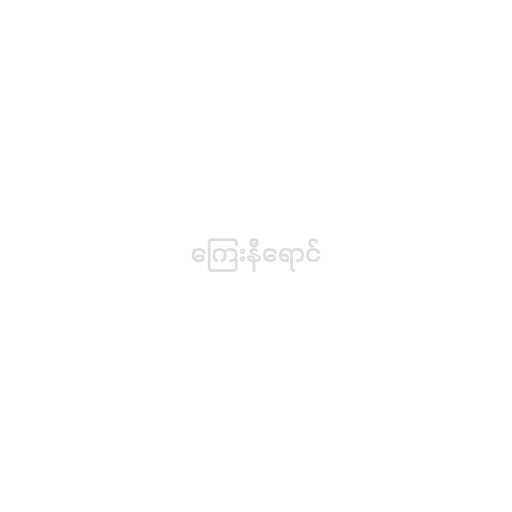
ကြေးနီရောင်